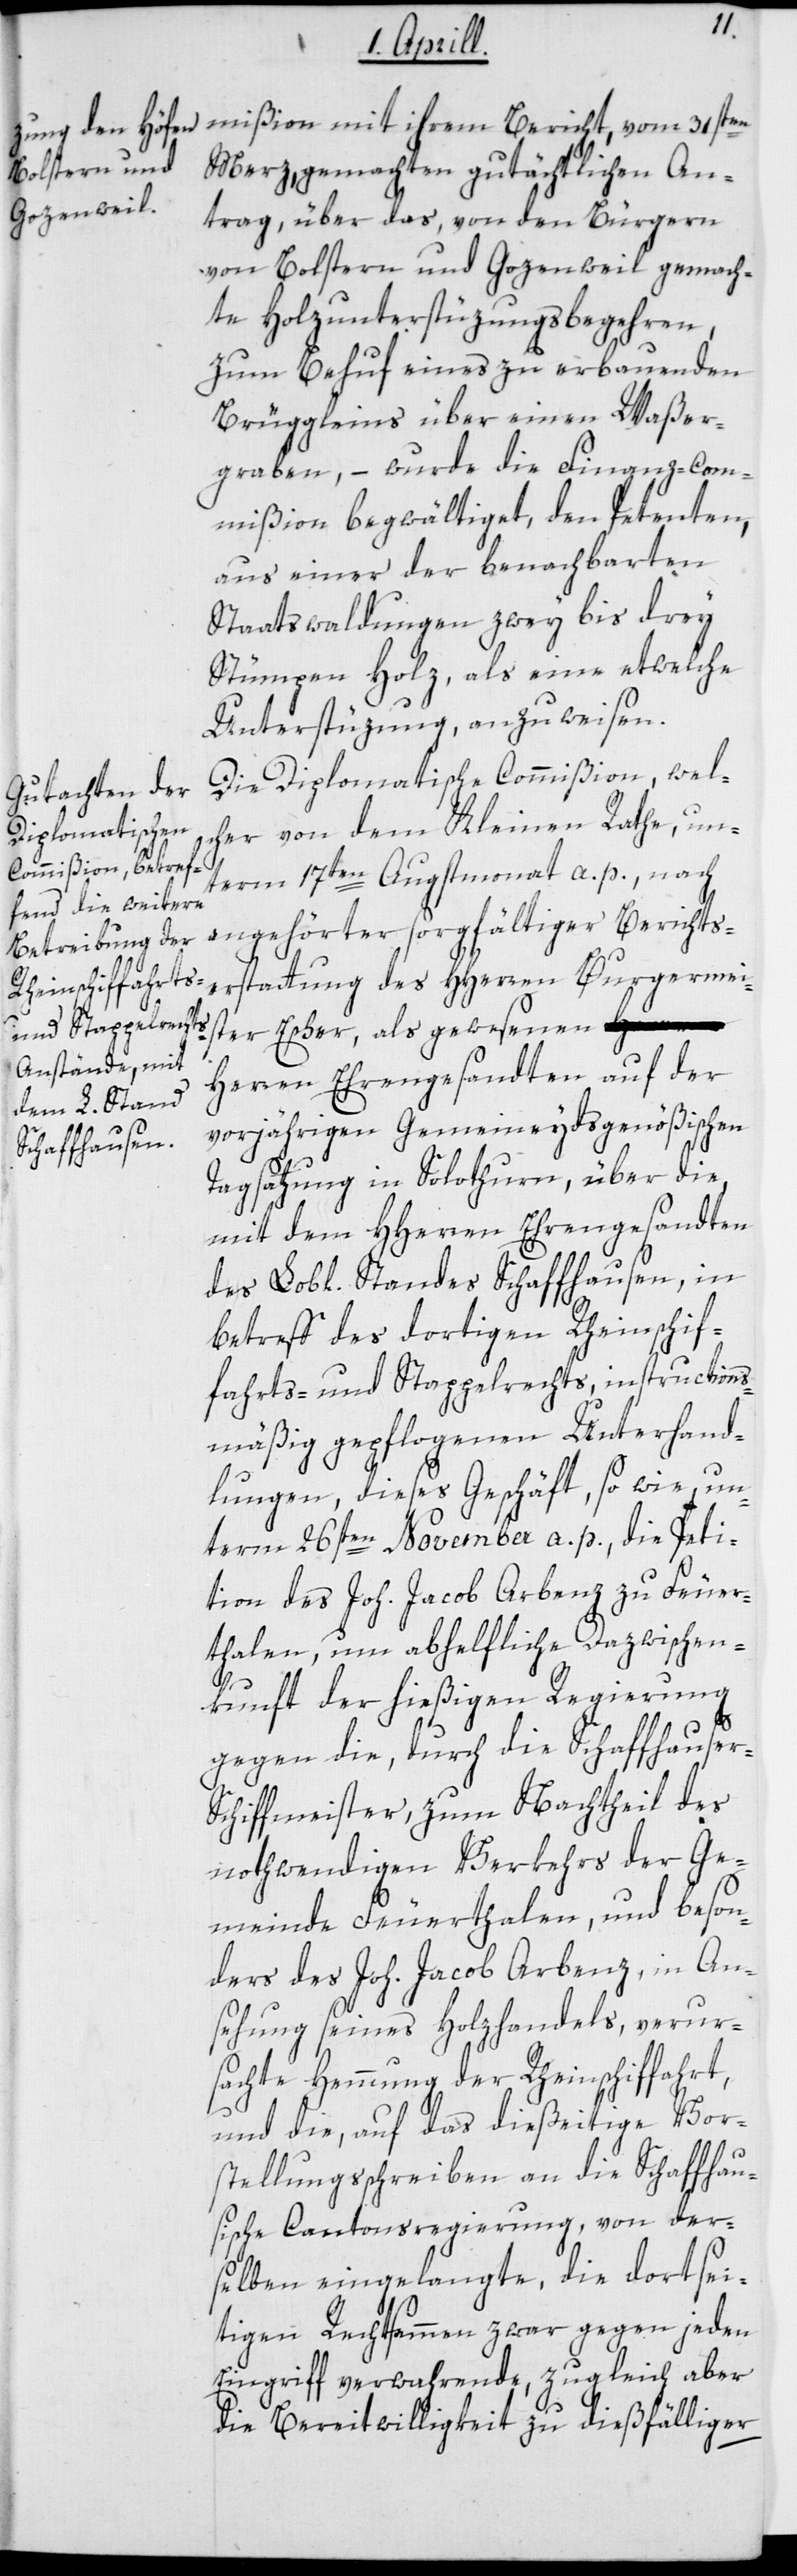
Merz, gemachten gutächtlichen An¬
trag, über das, von den Bürgern
von Bolstern und Gozenweil gemach¬
te Holzunterstüzungsbegehren,
zum Behuf eines zu erbauenden
Brüggleins über einen Waßer¬
graben, – wurde die Finanz-Com¬
mißion begwältiget, den Petenten,
aus einer der benachbarten
Staatswaldungen zwey bis drey
Stümpen Holz, als eine etwelche
Unterstüzung anzuweisen.
Die Diplomatische Commißion, wel¬
cher von dem Kleinen Rathe un¬
term 17ten Augstmonat a. p., nach
angehörter sorgfältiger Berichts¬
erstattung des HHerren Burgermei¬
ster Escher, als gewesenen H¬
erren Ehrengesandten auf der
vorjährigen Gemeineydsgenößischen
Tagsatzung in Solothurn, über die
mit dem HHerren Ehrengesandten
des Lobl. Standes Schaffhausen, in
Betreff des dortigen Rheinschif¬
fahrts- und Stappelrechts, instructions¬
mäßig gepflogenen Unterhand¬
lungen, dieses Geschäft, so wie un¬
term 26sten November a. p., die Peti¬
tion des Joh. Jacob Arbenz zu Feuer¬
thalen, um abhelfliche Dazwischen¬
kunft der hießigen Regierung
gegen die, durch die Schaffhauser-S¬
chiffmeister, zum Nachtheil des
nothwendigen Verkehrs der Ge¬
meinde Feuerthalen, und beson¬
ders des Joh. Jacob Arbenz, in An¬
sehung seines Holzhandels, verur¬
sachte Hemmung der Rheinschiffahrt,
und die, auf das dießeitige Vor¬
stellungsschreiben an die Schaffhau¬
sische Cantonsregierung, von der¬
selben eingelangte, die dortsei¬
tigen Rechtsammen zwar gegen jeden
Eingriff verwahrende, zugleich aber
die Bereitwilligkeit zu dießfälliger